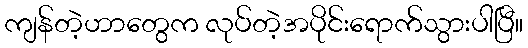
ကျန်တဲ့ဟာတွေက လုပ်တဲ့အပိုင်းရောက်သွားပါပြီ။